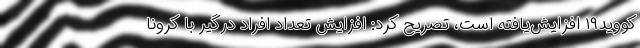
کووید۱۹ افزایش‌یافته است، تصریح کرد: افزایش تعداد افراد درگیر با کرونا